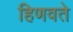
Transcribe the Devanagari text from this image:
हिणवते